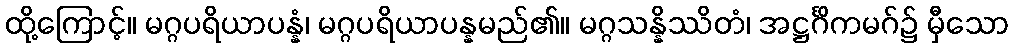
ထို့ကြောင့်။ မဂ္ဂပရိယာပန္နံ၊ မဂ္ဂပရိယာပန္နမည်၏။ မဂ္ဂသန္နိဿိတံ၊ အဋ္ဌင်္ဂိကမဂ်၌ မှီသော